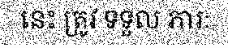
នេះ ត្រូវ ទទួល ភារៈ